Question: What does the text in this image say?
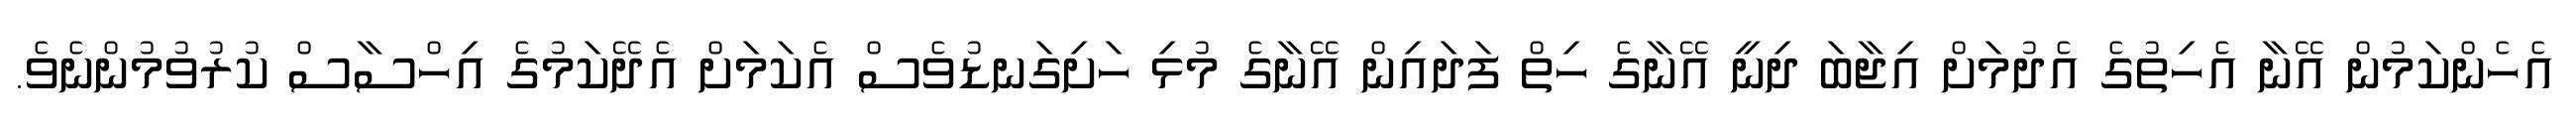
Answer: އެހެންކަމުން އޭނާ އެހިތުގެ އެދުމަށް އިޖާބަ ދިނީ އޭނާގެ ހިތް ފަދައިން އޭނާގެ މުޅި ހަށިގަނޑުވެސް އެކަމަށް އެދޭކަމުގެ އިހްސާސް ކުރުވުމުންނެވެ.